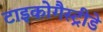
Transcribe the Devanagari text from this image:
टाइकोगैस्ट्रीडे